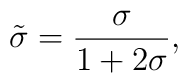
\tilde\sigma = {\sigma\over 1+2\sigma},